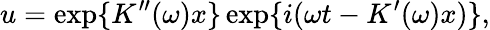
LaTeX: u=\displaystyle\exp\{ K^{\prime\prime}(\omega)x\} \exp\{ i(\omega t-K^{\prime}(\omega)x)\} ,